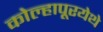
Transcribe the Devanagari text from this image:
कोल्हापूरयेथे